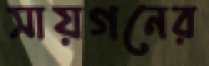
সায়গনের